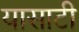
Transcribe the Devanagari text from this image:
यासाटी